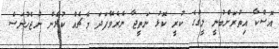
އޮސްކާ އިތުރަށްބުނީ ލީގުގެ ކުރީ ކޮޅު ނަތީޖާ ނެރެވޭފަދަ މެޗެއް ކުޅެން ނުޖެހުނަސް